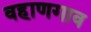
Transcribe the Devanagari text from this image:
वहाणगाव